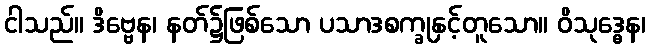
ငါသည်။ ဒိဗ္ဗေန၊ နတ်၌ဖြစ်သော ပသာဒစက္ခုနှင့်တူသော။ ဝိသုဒ္ဓေန၊